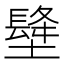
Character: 𡑺